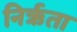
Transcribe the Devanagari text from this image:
निर्ऋता